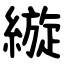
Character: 縼